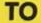
TO